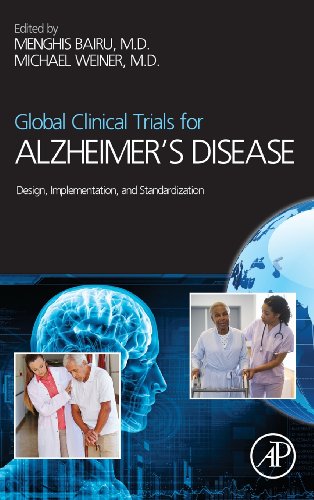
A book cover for Global Clinical Trials for Alzheimer's Disease: Design, Implementation, and Standardization; Medical Books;